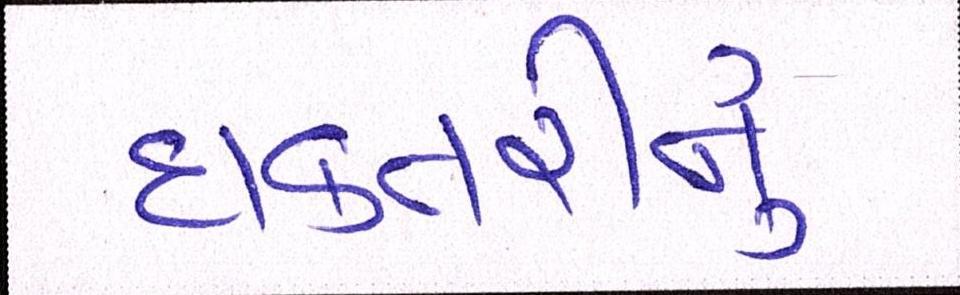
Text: દાક્તરીનું